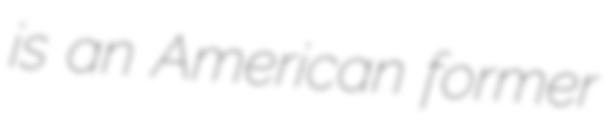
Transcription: is an American former